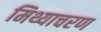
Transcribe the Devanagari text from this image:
मिथ्याचरण